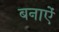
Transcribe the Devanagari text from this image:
बनाऐं